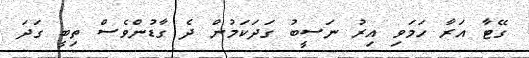
ގޭޓާ އަރާ ހަމަވި އިރު ނަސީބު ގަދަކަމުން ދެ ގާޑުންވެސް ތިބީ ގަދަ